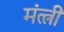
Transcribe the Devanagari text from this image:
मंत्त्री